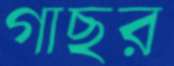
গাছর